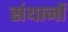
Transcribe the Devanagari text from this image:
संथानों